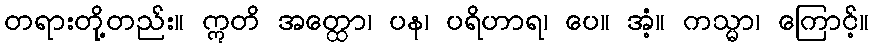
တရားတို့တည်း။ ဣတိ အတ္ထော၊ ပန၊ ပရိဟာရ၊ ပေ။ အံ့။ ကသ္မာ၊ ကြောင့်။